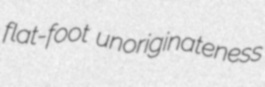
flat-foot unoriginateness